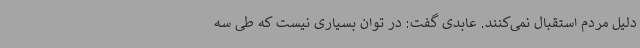
دلیل مردم استقبال نمی‌کنند. عابدی گفت: در توان بسیاری نیست که طی سه